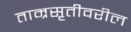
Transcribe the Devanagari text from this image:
ताम्रसृतीवरील